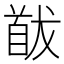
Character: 𩠕